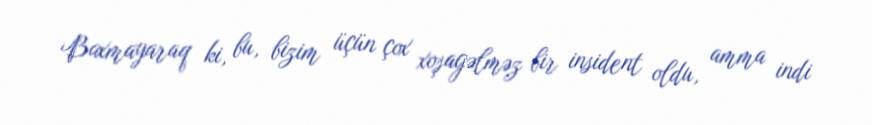
Baxmayaraq ki, bu, bizim üçün çox xoşagəlməz bir insident oldu, amma indi